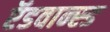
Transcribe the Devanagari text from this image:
ऍडवान्स्ड